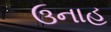
ઉનાહ